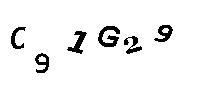
C91G29